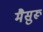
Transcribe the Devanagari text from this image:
मैसुरू